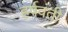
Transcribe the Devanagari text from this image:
हर्षवंती